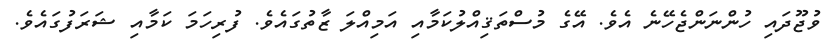
ވުޖޫދައި ހުންނަންޖެހޭނެ އެވެ. އޭގެ މުސްތަޤިއްލުކަމާއި އަމިއްލަ ޒާތުގައެވެ. ފުރިހަމަ ކަމާއި ޝަރަފުގައެވެ.